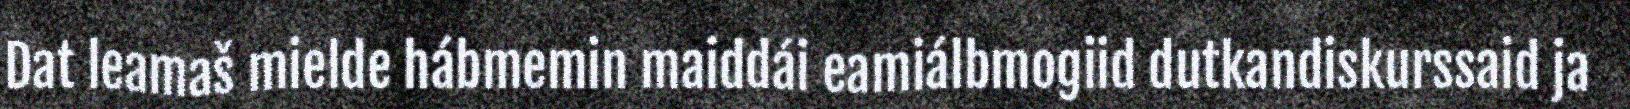
Dat leamaš mielde hábmemin maiddái eamiálbmogiid dutkandiskurssaid ja